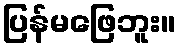
ပြန်မဖြေဘူး။